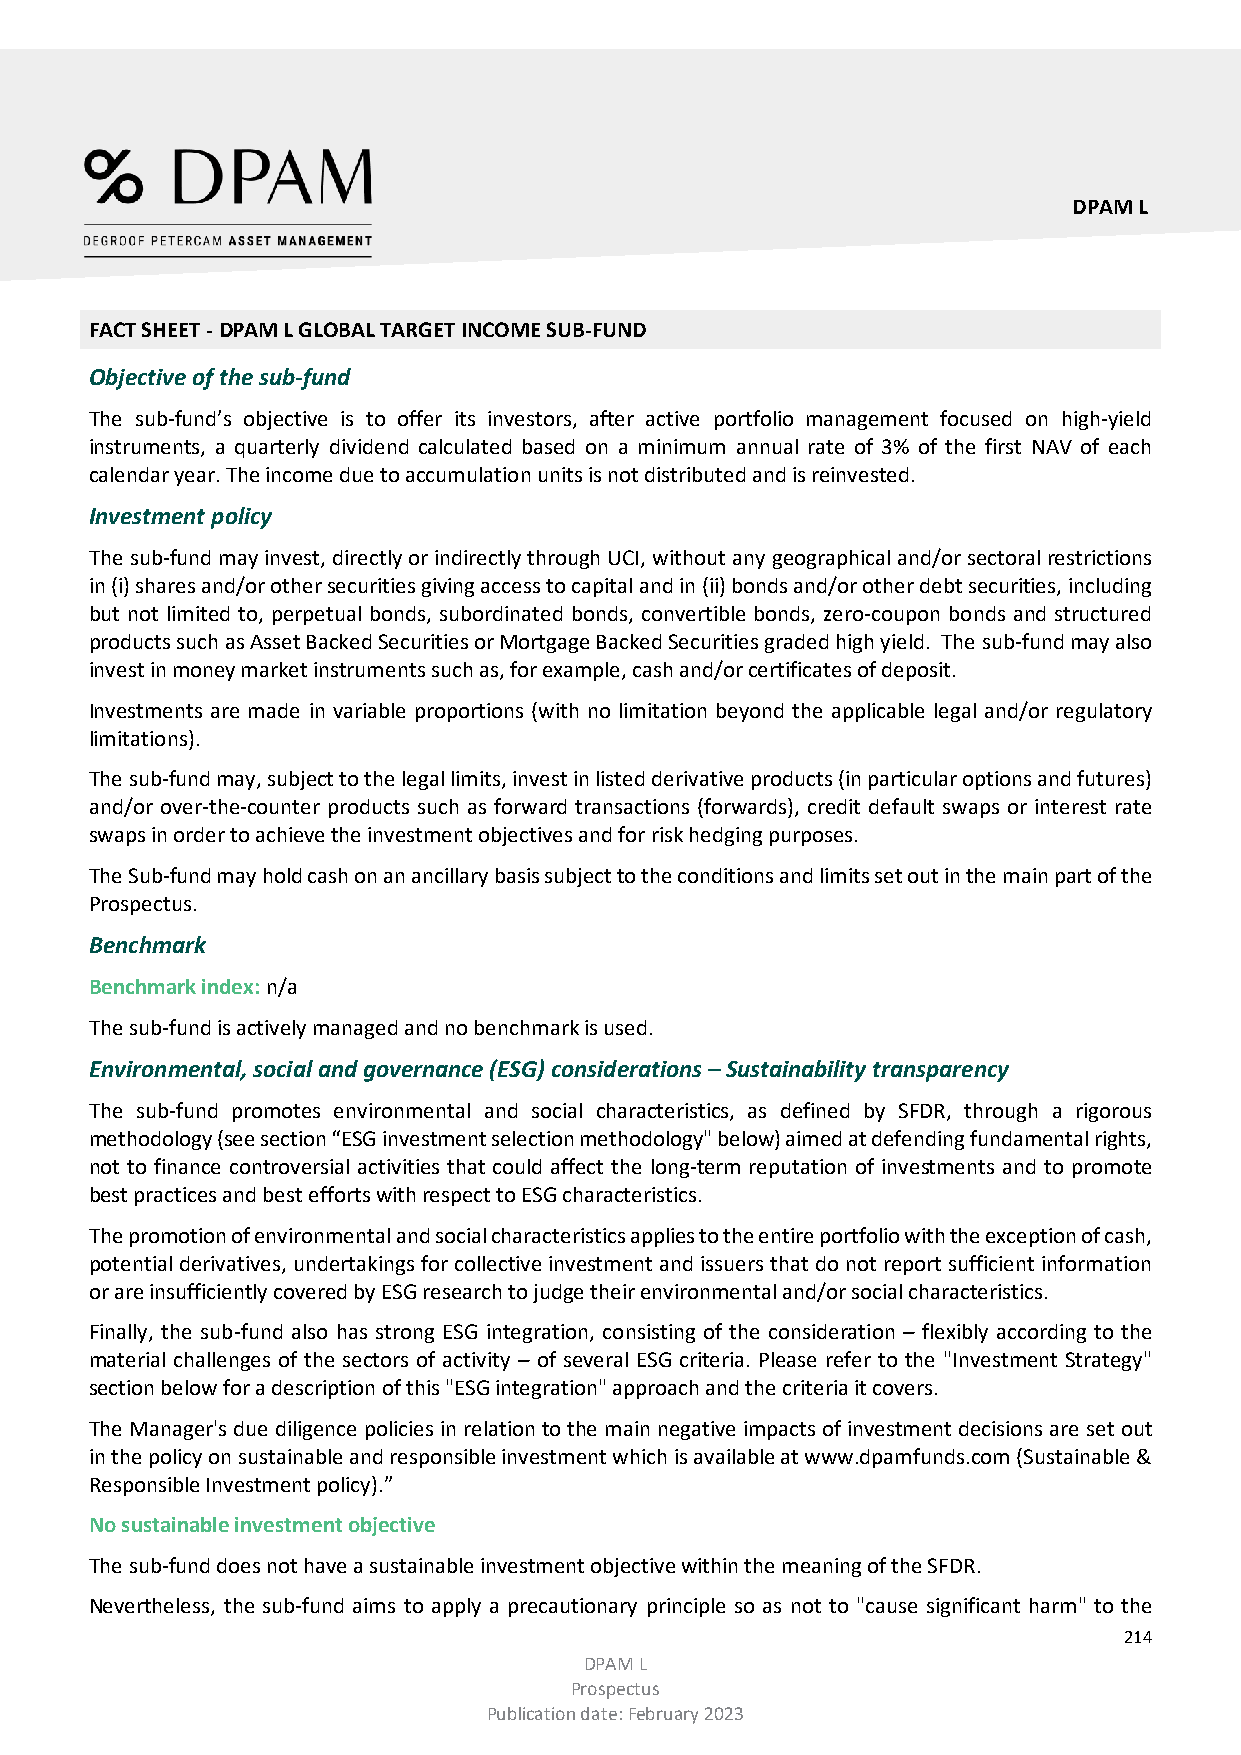
DPAM L
 FACT SHEET - DPAM L GLOBAL TARGET INCOME SUB-FUND
 Objective of the sub-fund
 The sub-fund’s objective is to offer its investors, after active portfolio management focused on high-yield
 instruments, a quarterly dividend calculated based on a minimum annual rate of 3% of the first NAV of each
 calendar year. The income due to accumulation units is not distributed and is reinvested.
 Investment policy
 The sub-fund may invest, directly or indirectly through UCI, without any geographical and/or sectoral restrictions
 in (i) shares and/or other securities giving access to capital and in (ii) bonds and/or other debt securities, including
 but not limited to, perpetual bonds, subordinated bonds, convertible bonds, zero-coupon bonds and structured
 products such as Asset Backed Securities or Mortgage Backed Securities graded high yield. The sub-fund may also
 invest in money market instruments such as, for example, cash and/or certificates of deposit.
 Investments are made in variable proportions (with no limitation beyond the applicable legal and/or regulatory
 limitations).
 The sub-fund may, subject to the legal limits, invest in listed derivative products (in particular options and futures)
 and/or over-the-counter products such as forward transactions (forwards), credit default swaps or interest rate
 swaps in order to achieve the investment objectives and for risk hedging purposes.
 The Sub-fund may hold cash on an ancillary basis subject to the conditions and limits set out in the main part of the
 Prospectus.
 Benchmark
 Benchmark index: n/a
 The sub-fund is actively managed and no benchmark is used.
 Environmental, social and governance (ESG) considerations – Sustainability transparency
 The sub-fund promotes environmental and social characteristics, as defined by SFDR, through a rigorous
 methodology (see section “ESG investment selection methodology" below) aimed at defending fundamental rights,
 not to finance controversial activities that could affect the long-term reputation of investments and to promote
 best practices and best efforts with respect to ESG characteristics.
 The promotion of environmental and social characteristics applies to the entire portfolio with the exception of cash,
 potential derivatives, undertakings for collective investment and issuers that do not report sufficient information
 or are insufficiently covered by ESG research to judge their environmental and/or social characteristics.
 Finally, the sub-fund also has strong ESG integration, consisting of the consideration – flexibly according to the
 material challenges of the sectors of activity – of several ESG criteria. Please refer to the "Investment Strategy"
 section below for a description of this "ESG integration" approach and the criteria it covers.
 The Manager's due diligence policies in relation to the main negative impacts of investment decisions are set out
 in the policy on sustainable and responsible investment which is available at www.dpamfunds.com (Sustainable &
 Responsible Investment policy).”
 No sustainable investment objective
 The sub-fund does not have a sustainable investment objective within the meaning of the SFDR.
 Nevertheless, the sub-fund aims to apply a precautionary principle so as not to "cause significant harm" to the
 214
 DPAM L
 Prospectus
 Publication date: February 2023